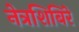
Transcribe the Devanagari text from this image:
नेत्रशिबिरे